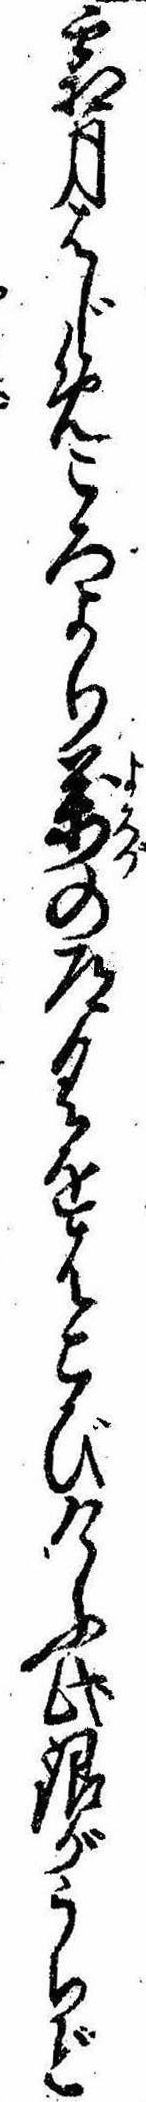
霜月はじめころより万の道具をはこびけふ此銀がうちど